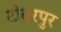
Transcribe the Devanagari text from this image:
टोढरपुर